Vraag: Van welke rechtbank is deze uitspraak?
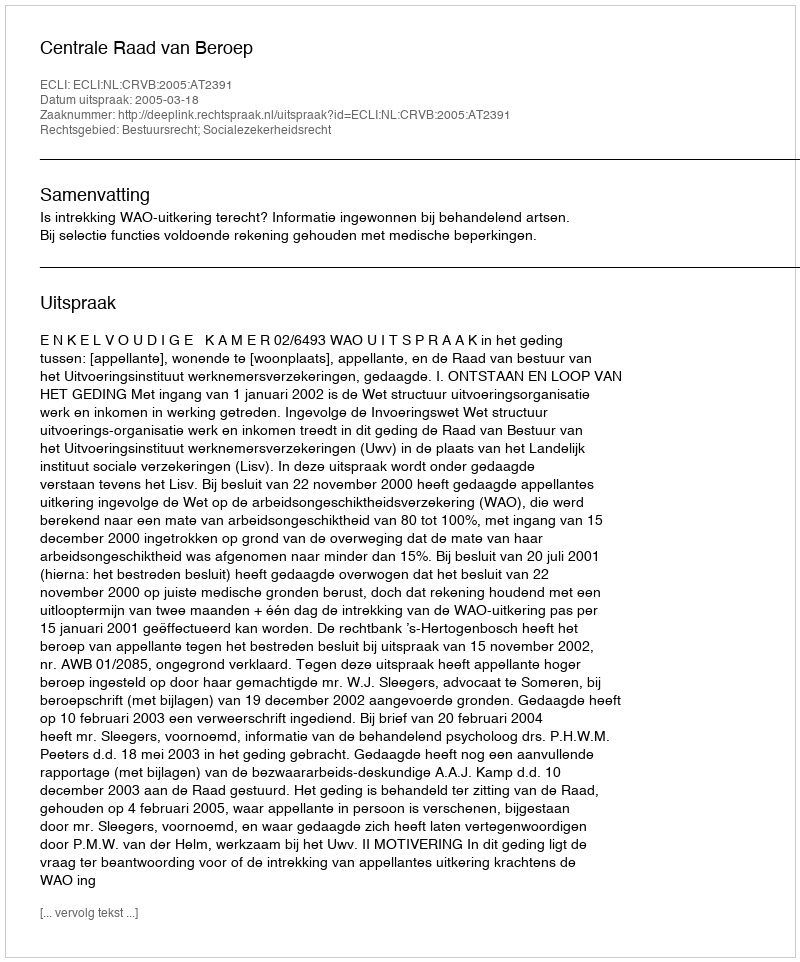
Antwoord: Centrale Raad van Beroep